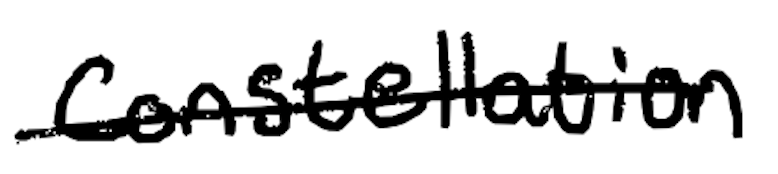
Text: constellation
Cross-out: single-line
Writing tool: digital_black